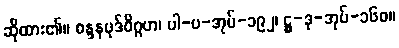
ဆိုထား၏။ စန္ဒနပုဒ်ဝိဂ္ဂဟ၊ ပါ-ပ-အုပ်-၁၉၂၊ ဋ္ဌ-ဒု-အုပ်-၁၆၀။